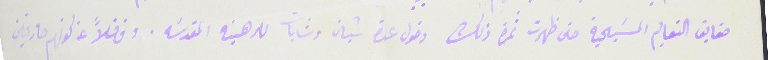
حقايق التعليم المسَيحية حتى ظهرت ثمرة ذلك دخول عدة شبان وشابات للرهبنه المقدسَه. وفضلاً عن كونهم صارفين